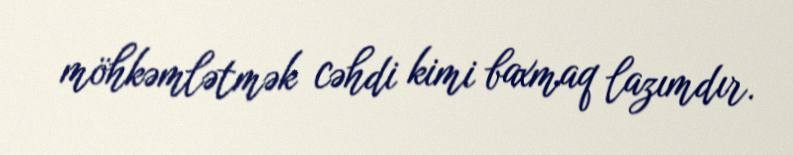
möhkəmlətmək cəhdi kimi baxmaq lazımdır.